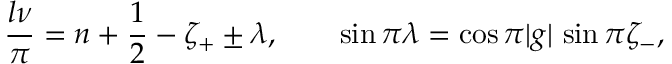
\frac { l \nu } { \pi } = n + \frac { 1 } { 2 } - \zeta _ { + } \pm \lambda , \qquad \sin \pi \lambda = \cos \pi | g | \, \sin \pi \zeta _ { - } ,